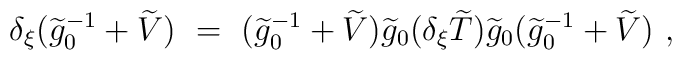
\delta_{\xi}(\widetilde g_0^{-1}+\widetilde V)\ =\ (\widetilde g_0^{-1}+\widetilde V)\widetilde g_0(\delta_{\xi} \widetilde T)\widetilde g_0(\widetilde g_0^{-1}+\widetilde V)\ ,